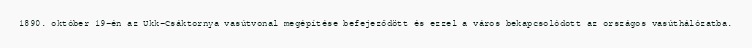
1890. október 19-én az Ukk–Csáktornya vasútvonal megépítése befejeződött és ezzel a város bekapcsolódott az országos vasúthálózatba.